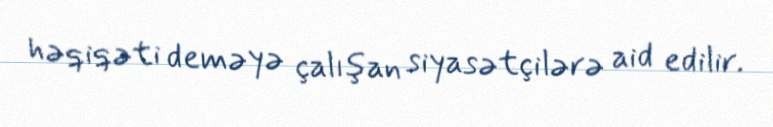
həqiqəti deməyə çalışan siyasətçilərə aid edilir.